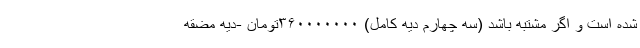
شده است و اگر مشتبه باشد (سه چهارم دیه کامل) ۳۶۰۰۰۰۰۰۰تومان -دیه مضقه